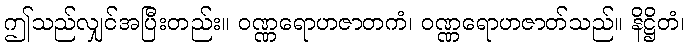
ဤသည်လျှင်အပြီးတည်း။ ဝဏ္ဏရောဟဇာတကံ၊ ဝဏ္ဏရောဟဇာတ်သည်။ နိဋ္ဌိတံ၊